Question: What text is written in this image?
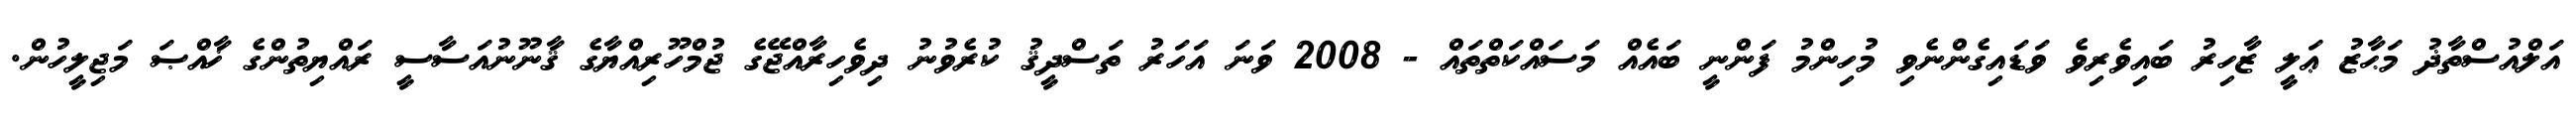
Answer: އަލްއުސްތާޛު މަޙާޒު ޢަލީ ޒާހިރު ބައިވެރިވެ ވަޑައިގެންނެވި މުހިންމު ފަންނީ ބައެއް މަސައްކަތްތައް - 2008 ވަނަ އަހަރު ތަސްދީޤު ކުރެވުނު ދިވެހިރާއްޖޭގެ ޖުމްހޫރިއްޔާގެ ޤާނޫނުއަސާސީ ރައްޔިތުންގެ ޚާއްޞަ މަޖިލީހުން.